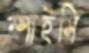
স্পাইসি